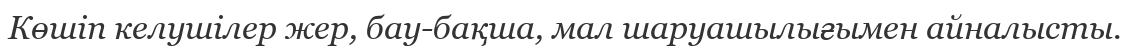
Көшіп келушілер жер, бау-бақша, мал шаруашылығымен айналысты.